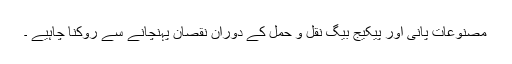
مصنوعات پانی اور پیکیج بیگ نقل و حمل کے دوران نقصان پہنچانے سے روكنا چاہيے ۔